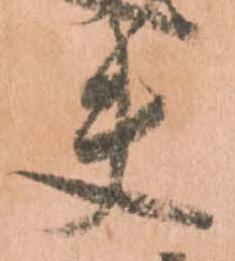
夫